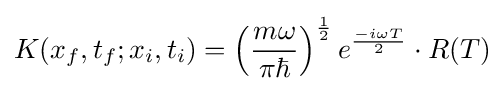
K(x_{f},t_{f};x_{i},t_{i})=\left({\frac {m\omega }{\pi \hbar }}\right)^{\frac {1}{2}}e^{\frac {-i\omega T}{2}}\cdot R(T)